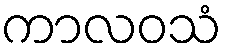
ကာလဝသံ